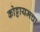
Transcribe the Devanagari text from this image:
कोट्टायमचा